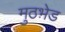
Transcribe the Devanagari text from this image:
मुठभ़ेड